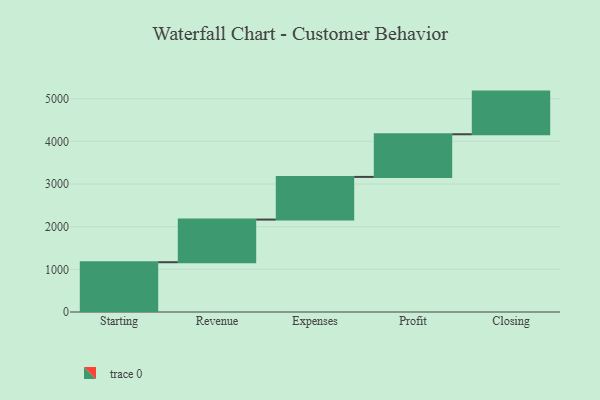
{"axis": {"x": "Step", "y": "Value"}, "legend": [""], "data": [{"x": "Starting", "y": 1167.0, "type": ""}, {"x": "Revenue", "y": 1000, "type": ""}, {"x": "Expenses", "y": 1000, "type": ""}, {"x": "Profit", "y": 1000, "type": ""}, {"x": "Closing", "y": 1000, "type": ""}]}